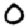
Digit: 0